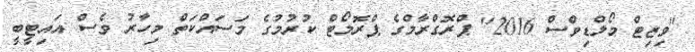
"ވިޒިޓް މޯލްޑިވްސް 2016" ޕްރޮގްރާމްގެ ޕްރޮމޯޓް ކުރުމުގެ މަސައްކަތް މިހާރު ވެސް އައިޓީބީ